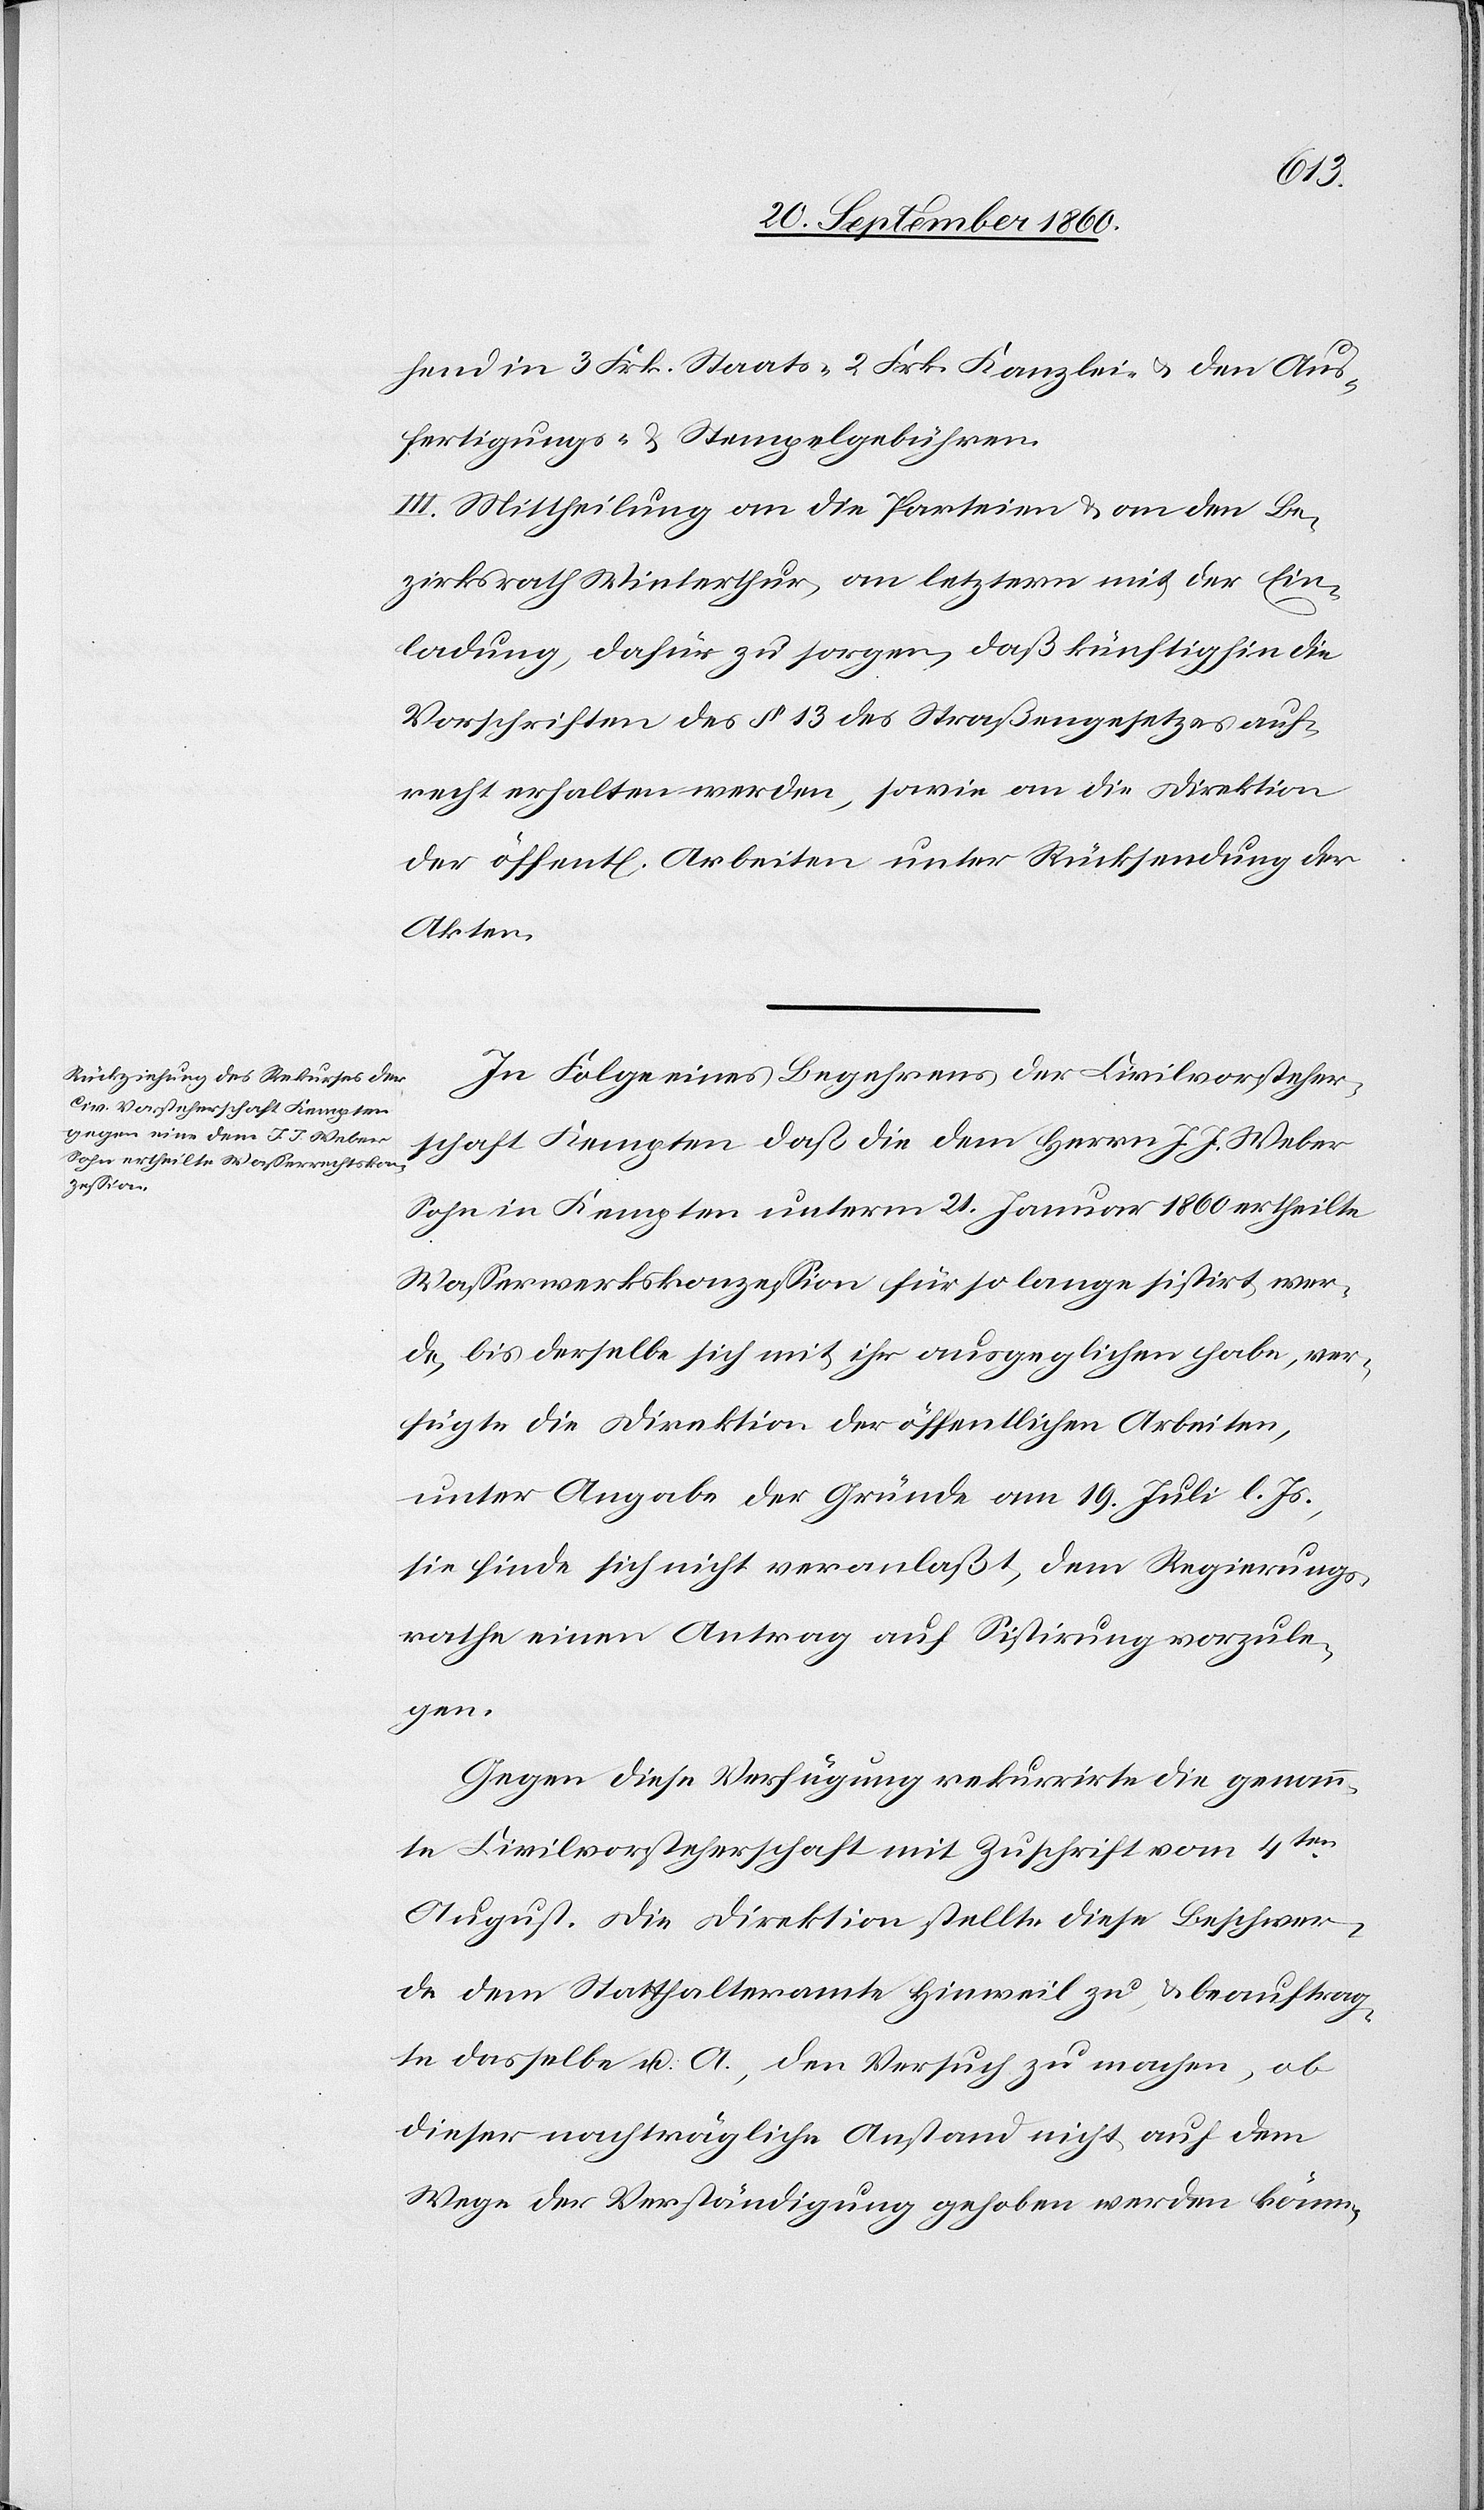
hend in 3 Frk. Staats-[,] 2 Frk. Kanzlei- u. den Aus¬
fertigungs- & Stempelgebühren.
III. Mittheilung an die Parteien & an den Be¬
zirksrath Winterthur, an letztern mit der Ein¬
ladung, dafür zu sorgen, daß künftighin die
Vorschriften des § 13 des Straßengesetzes auf¬
recht erhalten werden, sowie an die Direktion
der öffent[lichen] Arbeiten unter Rücksendung der
Akten.
In Folge eines Begehrens der Civilvorsteher¬
schaft Kempten daß die dem Herrn J. J. Weber
Sohn in Kempten unterm 21. Januar 1860 ertheilte
Wasserwerkskonzession für so lange sistirt wer¬
de, bis derselbe sich mit ihr ausgeglichen habe, ver¬
fügte die Direktion der öffentlichen Arbeiten,
unter Angabe der Gründe am 19. Juli l. Js.,
sie finde sich nicht veranlaßt, dem Regierungs¬
rathe einen Antrag auf Sistirung vorzule¬
gen.
Gegen diese Verfügung rekurrirte die genann¬
te Civilvorsteherschaft mit Zuschrift vom 4ten
August. Die Direktion stellte diese Beschwer¬
de dem Statthalteramte Hinweil zu, & beauftrag¬
te dasselbe u. A. den Versuch zu machen, ob
dieser nachträgliche Anstand nicht auf dem
Wege der Verständigung gehoben werden könne,